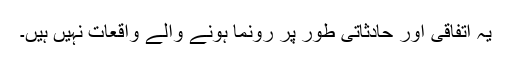
یہ اتفاقی اور حادثاتی طور پر رونما ہونے والے واقعات نہیں ہیں۔